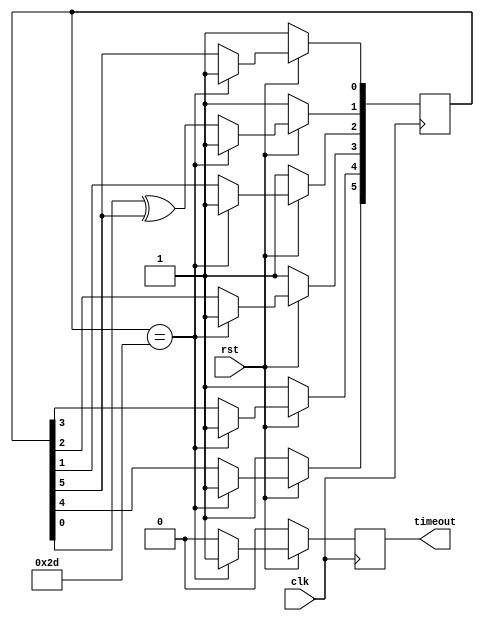
/*
This is a microsecondTimer. With a 50Mhz
clk, the period is 20ns. 50 cycles results
in a microsecond.
microsecondTimer works
*/

module microsecondTimer(clk, rst, timeout);

	input clk, rst;
	output timeout;
	reg pulse;

	reg[5:0] LFSR;
	wire feedback = LFSR[5];


	always @ (posedge clk)
		begin
			if(rst == 0)
				begin
					LFSR <= 6'b111111;
					pulse <= 0;
				end
			else 
				begin
					if(LFSR == 6'b101101)
						begin
							LFSR <= 6'b111111;
							pulse <= 1;
						end
					else 
						begin
							LFSR[0] <= feedback;
							LFSR[1] <= LFSR[0] ^ feedback;
							LFSR[2] <= LFSR[1];
							LFSR[3] <= LFSR[2];
							LFSR[4] <= LFSR[3];
							LFSR[5] <= LFSR[4];
							pulse <= 0;
						end
				end
		end
	assign timeout = pulse;
endmodule